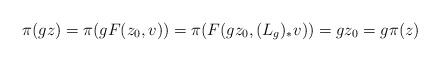
LaTeX: \begin{align*} \pi(g z)=\pi(g F(z_0,v))=\pi(F(g z_0,(L_g)_* v))=g z_0=g\pi(z)\end{align*}